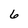
Character: 6